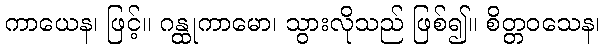
ကာယေန၊ ဖြင့်။ ဂန္ထုကာမော၊ သွားလိုသည် ဖြစ်၍။ စိတ္တဝသေန၊